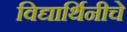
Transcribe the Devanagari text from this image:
विद्यार्थिनीचे